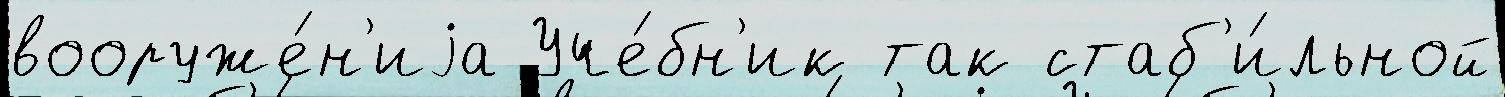
вооруже́н'иjа Уче́бн'ик так стаб'и́льной